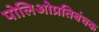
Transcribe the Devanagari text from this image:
पोलिओप्रतिबंधक